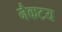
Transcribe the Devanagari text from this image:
नैकटय